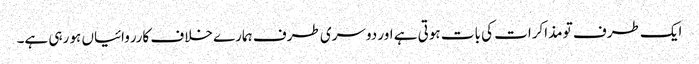
ایک طرف تو مذاکرات کی بات ہوتی ہے اور دوسری طرف ہمارے خلاف کارروائیاں ہو رہی ہے۔